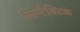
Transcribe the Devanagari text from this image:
सिन्टैक्टिक